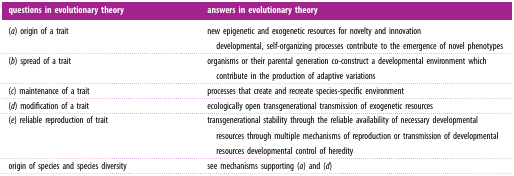
<table><thead><tr><td><b>questions in evolutionary theory</b></td><td><b>answers in evolutionary theory</b></td></tr></thead><tbody><tr><td>(<i>a</i>) origin of a trait</td><td>new epigenetic and exogenetic resources for novelty and innovation developmental, self-organizing processes contribute to the emergence of novel phenotypes</td></tr><tr><td>(<i>b</i>) spread of a trait</td><td>organisms or their parental generation co-construct a developmental environment which contribute in the production of adaptive variations</td></tr><tr><td>(<i>c</i>) maintenance of a trait</td><td>processes that create and recreate species-specific environment</td></tr><tr><td>(<i>d</i>) modification of a trait</td><td>ecologically open transgenerational transmission of exogenetic resources</td></tr><tr><td>(<i>e</i>) reliable reproduction of trait</td><td>transgenerational stability through the reliable availability of necessary developmental resources through multiple mechanisms of reproduction or transmission of developmental resources developmental control of heredity</td></tr><tr><td>origin of species and species diversity</td><td>see mechanisms supporting (<i>a</i>) and (<i>d</i>)</td></tr></tbody></table>